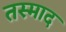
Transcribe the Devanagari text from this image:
तस्माद